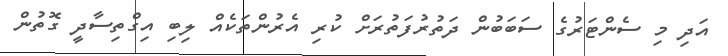
އަދި މި ސެންޓަރުގެ ސަބަބުން ދަތުރުފަތުރަށް ކުރި އެރުންތަކެއް ލިބި އިގްތިސާދީ ގޮތުން